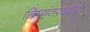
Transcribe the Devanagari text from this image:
लिप्यंतराद्वारे